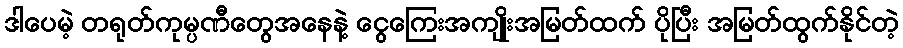
ဒါပေမဲ့ တရုတ်ကုမ္ပဏီတွေအနေနဲ့ ငွေကြေးအကျိုးအမြတ်ထက် ပိုပြီး အမြတ်ထွက်နိုင်တဲ့